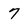
Character: 7